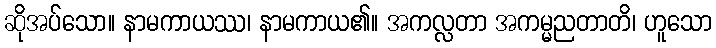
ဆိုအပ်သော။ နာမကာယဿ၊ နာမကာယ၏။ အကလ္လတာ အကမ္မညတာတိ၊ ဟူသော